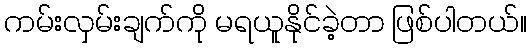
ကမ်းလှမ်းချက်ကို မရယူနိုင်ခဲ့တာ ဖြစ်ပါတယ်။